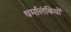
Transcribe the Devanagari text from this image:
धर्मालंबियों